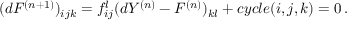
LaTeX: ( d F ^ { ( n + 1 ) } ) _ { i j k } = f _ { i j } ^ { l } ( d Y ^ { ( n ) } - F ^ { ( n ) } ) _ { k l } + c y c l e ( i , j , k ) = 0 \, .